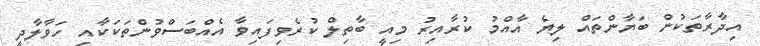
އިދާރާތަކުން ބަޔާންތައް ލިޔެ އާއްމު ކުރާއިރު މިއީ ބާތިލް ކުރެވިފައިވާ އެއްބަސްވުންތަކަކާއި ހަވާލާދީ